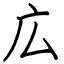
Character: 広